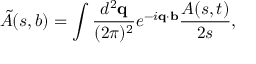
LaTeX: \tilde { A } ( s , b ) = \int \frac { d ^ { 2 } { \bf q } } { ( 2 \pi ) ^ { 2 } } e ^ { - i { \bf q } \cdot { \bf b } } \frac { A ( s , t ) } { 2 s } ,